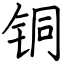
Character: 铜